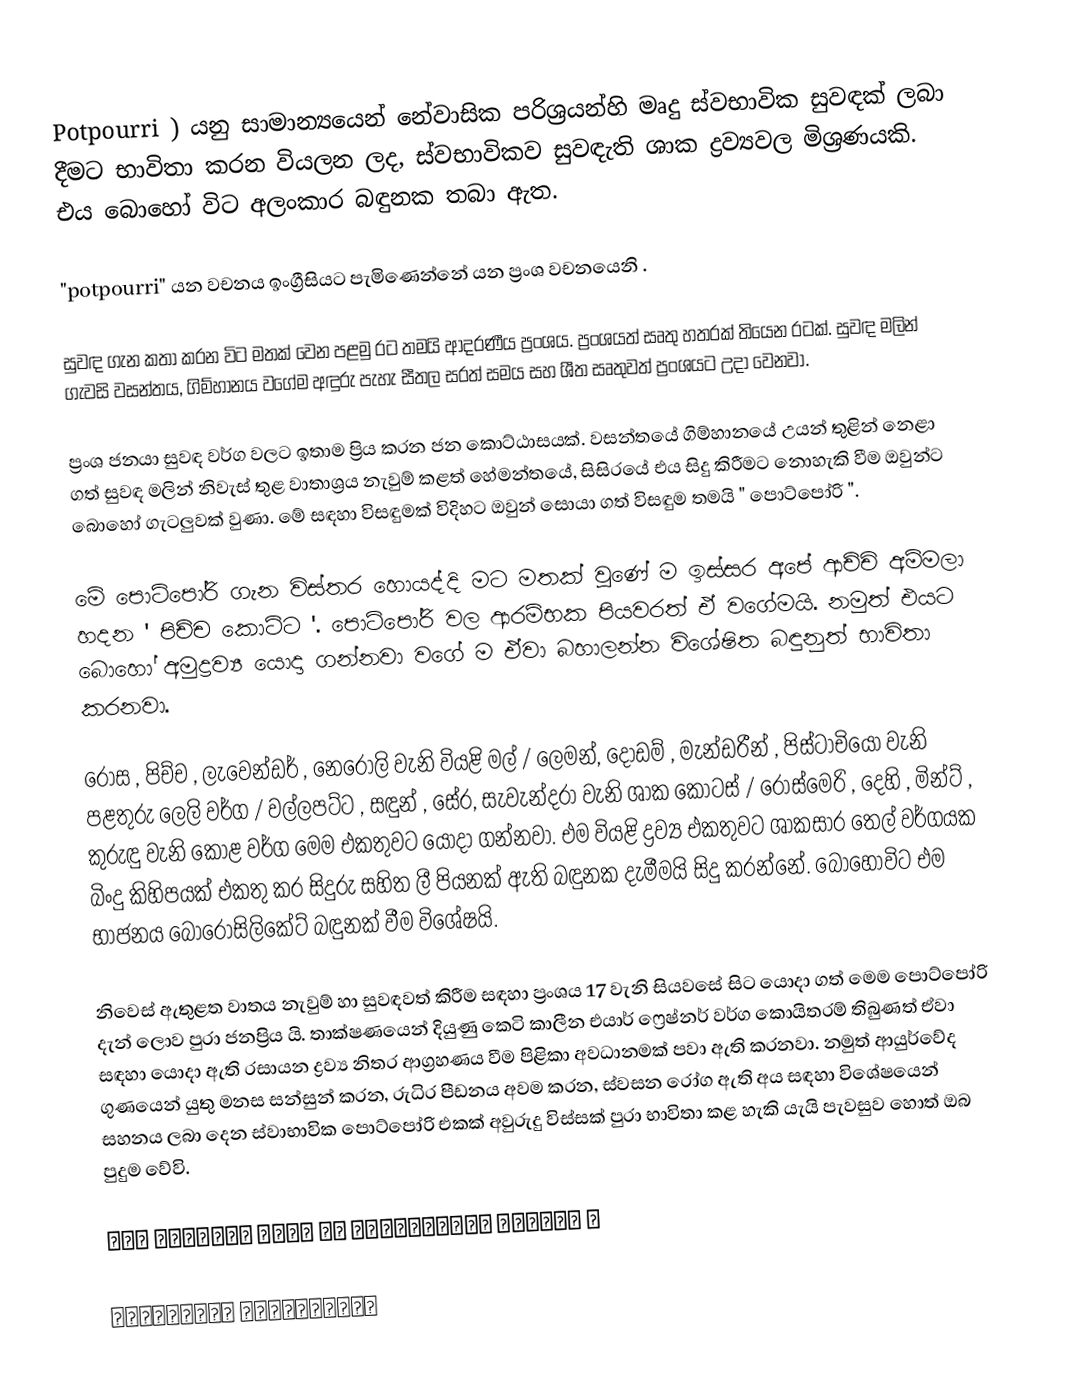
Potpourri   ) යනු සාමාන්‍යයෙන් නේවාසික පරිශ්‍රයන්හි මෘදු ස්වභාවික සුවඳක් ලබා දීමට භාවිතා කරන වියලන ලද, ස්වභාවිකව සුවඳැති ශාක ද්‍රව්‍යවල මිශ්‍රණයකි. එය බොහෝ විට අලංකාර බඳුනක තබා ඇත.

"potpourri" යන වචනය ඉංග්‍රීසියට පැමිණෙන්නේ  යන ප්‍රංශ වචනයෙනි .

    සුවඳ ගැන කතා කරන විට මතක් වෙන පළමු රට තමයි ආදරණීය ප්‍රංශය. ප්‍රංශයත් සෘතු හතරක් තියෙන රටක්. සුවඳ මලින් ගැවසි වසන්තය, ගිම්හානය වගේම අඳුරු පැහැ සීතල සරත් සමය සහ ශීත සෘතුවත් ප්‍රංශයට උදා වෙනවා.

   ප්‍රංශ ජනයා සුවඳ වර්ග වලට ඉතාම ප්‍රිය කරන ජන කොට්ඨාසයක්. වසන්තයේ ගිම්හානයේ උයන් තුළින් නෙළා ගත් සුවඳ මලින් නිවැස් තුළ වාතාශ්‍රය නැවුම් කළත් හේමන්තයේ, සිසිරයේ එය සිදු කිරීමට නොහැකි වීම ඔවුන්ට බොහෝ ගැටලුවක් වුණා. මේ සඳහා විසඳුමක් විදිහට ඔවුන් සොයා ගත් විසඳුම තමයි " පොට්පෝරි ".

   මේ පොට්පෝරි ගැන විස්තර හොයද්දි මට මතක් වුණේ ම ඉස්සර අපේ ආච්චි අම්මලා හදන ' පිච්ච කොට්ට '. පොට්පෝරි වල ආරම්භක පියවරත් ඒ වගේමයි. නමුත් එයට බොහෝ අමුද්‍රව්‍ය යොදා ගන්නවා වගේ ම ඒවා බහාලන්න විශේෂිත බඳුනුත් භාවිතා කරනවා.

   රෝස , පිච්ච , ලැවෙන්ඩර් , නෙරොලි වැනි වියළි මල් / ලෙමන්, දොඩම් , මැන්ඩරීන් , පිස්ටාචියෝ වැනි පළතුරු ලෙලි වර්ග / වල්ලපට්ට , සඳුන් , සේර, සැවැන්දරා වැනි ශාක කොටස් / රෝස්මෙරි , දෙහි , මින්ට් , කුරුඳු වැනි කොළ වර්ග මෙම එකතුවට යොදා ගන්නවා. එම වියළි ද්‍රව්‍ය එකතුවට ශාකසාර තෙල් වර්ගයක බිංදු කිහිපයක් එකතු කර සිදුරු සහිත ලී පියනක් ඇති බඳුනක දැමීමයි සිදු කරන්නේ. බොහෝවිට එම භාජනය බොරොසිලිකේට් බඳුනක් වීම විශේෂයි.

   නිවෙස් ඇතුළත වාතය නැවුම් හා සුවඳවත් කිරීම සඳහා ප්‍රංශය 17 වැනි සියවසේ සිට යොදා ගත් මෙම පොට්පෝරි දැන් ලොව පුරා ජනප්‍රිය යි. තාක්ෂණයෙන් දියුණු කෙටි කාලීන එයාර් ෆ්‍රෙෂ්නර් වර්ග කොයිතරම් තිබුණත් ඒවා සඳහා යොදා ඇති රසායන ද්‍රව්‍ය නිතර ආග්‍රහණය වීම පිළිකා අවධානමක් පවා ඇති කරනවා. නමුත් ආයුර්වේද ගුණයෙන් යුතු මනස සන්සුන් කරන, රුධිර පීඩනය අවම කරන, ස්වසන රෝග ඇති අය සඳහා විශේෂයෙන් සහනය ලබා දෙන ස්වාභාවික පොට්පෝරි එකක් අවුරුදු විස්සක් පුරා භාවිතා කළ හැකි යැයි පැවසුව හොත් ඔබ පුදුම වේවි.

𝐀𝐥𝐥 𝐜𝐫𝐞𝐝𝐢𝐭𝐬 𝐠𝐨𝐞𝐬 𝐭𝐨 𝐫𝐞𝐬𝐩𝐞𝐜𝐭𝐢𝐯𝐞 𝐨𝐰𝐧𝐞𝐫𝐬 ✌︎

✍︎ℒ𝒶𝓀𝓈𝒽𝒶𝓃𝒾 ℛ𝒶𝒿𝒶𝓀𝒶𝓇𝓊𝓃𝒶